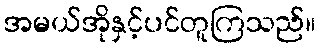
အမယ်အိုနှင့်ပင်တူကြသည်။